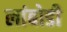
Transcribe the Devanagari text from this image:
लांबोडी